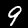
Label: 9